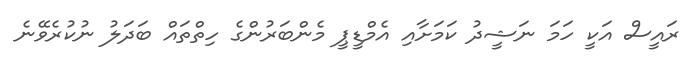
ރައީސް އަކީ ހަމަ ނަޝީދު ކަމަށާއި އެމްޑީޕީ މެންބަރުންގެ ހިތްތައް ބަދަލު ނުކުރެވޭނެ